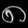
Digit: ၈